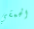
الحمقي